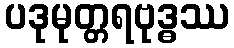
ပဒုမုတ္တရဗုဒ္ဓဿ